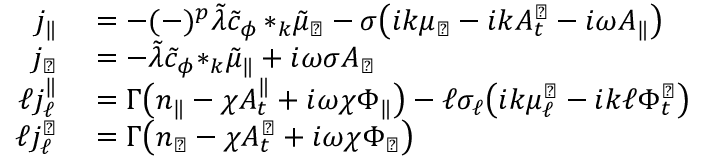
\begin{array} { r l } { j _ { \| } } & { { } = - ( - ) ^ { p } \tilde { \lambda } \tilde { c } _ { \phi } \, { * _ { k } \tilde { \mu } _ { \perp } } - \sigma \big ( i k { \mu _ { \perp } } - i k A _ { t } ^ { \perp } - i \omega A _ { \| } \big ) } \\ { j _ { \perp } } & { { } = - \tilde { \lambda } \tilde { c } _ { \phi } { * _ { k } \tilde { \mu } _ { \| } } + i \omega \sigma A _ { \perp } } \\ { \ell j _ { \ell } ^ { \| } } & { { } = \Gamma \big ( n _ { \| } - \chi A _ { t } ^ { \| } + i \omega \chi \Phi _ { \| } \big ) - \ell \sigma _ { \ell } \big ( i k \mu _ { \ell } ^ { \perp } - i k \ell \Phi _ { t } ^ { \perp } \big ) } \\ { \ell j _ { \ell } ^ { \perp } } & { { } = \Gamma \big ( n _ { \perp } - \chi A _ { t } ^ { \perp } + i \omega \chi \Phi _ { \perp } \big ) } \end{array}